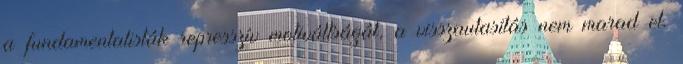
a fundamentalisták represszív motiváltságát, a visszautasítás nem marad el.